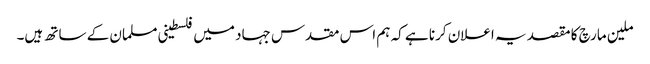
ملین مارچ کا مقصد یہ اعلان کرنا ہے کہ ہم اس مقدس جہاد میں فلسطینی مسلمان کے ساتھ ہیں۔